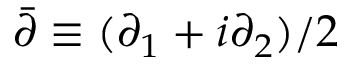
\bar { \partial } \equiv ( \partial _ { 1 } + i \partial _ { 2 } ) / 2